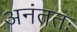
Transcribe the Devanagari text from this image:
अनंततः